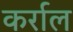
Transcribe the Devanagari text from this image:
कर्राल